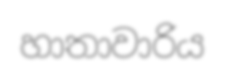
හාතාවාරිය